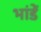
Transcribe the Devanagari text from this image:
भांडें